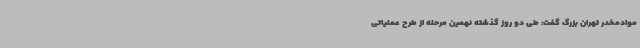
موادمخدر تهران بزرگ گفت: طی دو روز گذشته نهمین مرحله از طرح عملیاتی